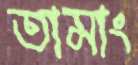
তামাং